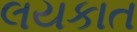
લયકાત